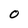
Character: 0